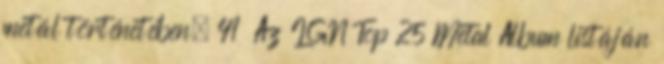
metál történetében. 41 Az IGN Top 25 Metal Album listáján